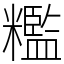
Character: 糮